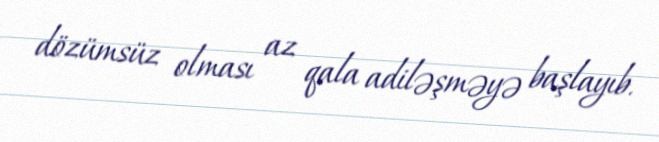
dözümsüz olması az qala adiləşməyə başlayıb.